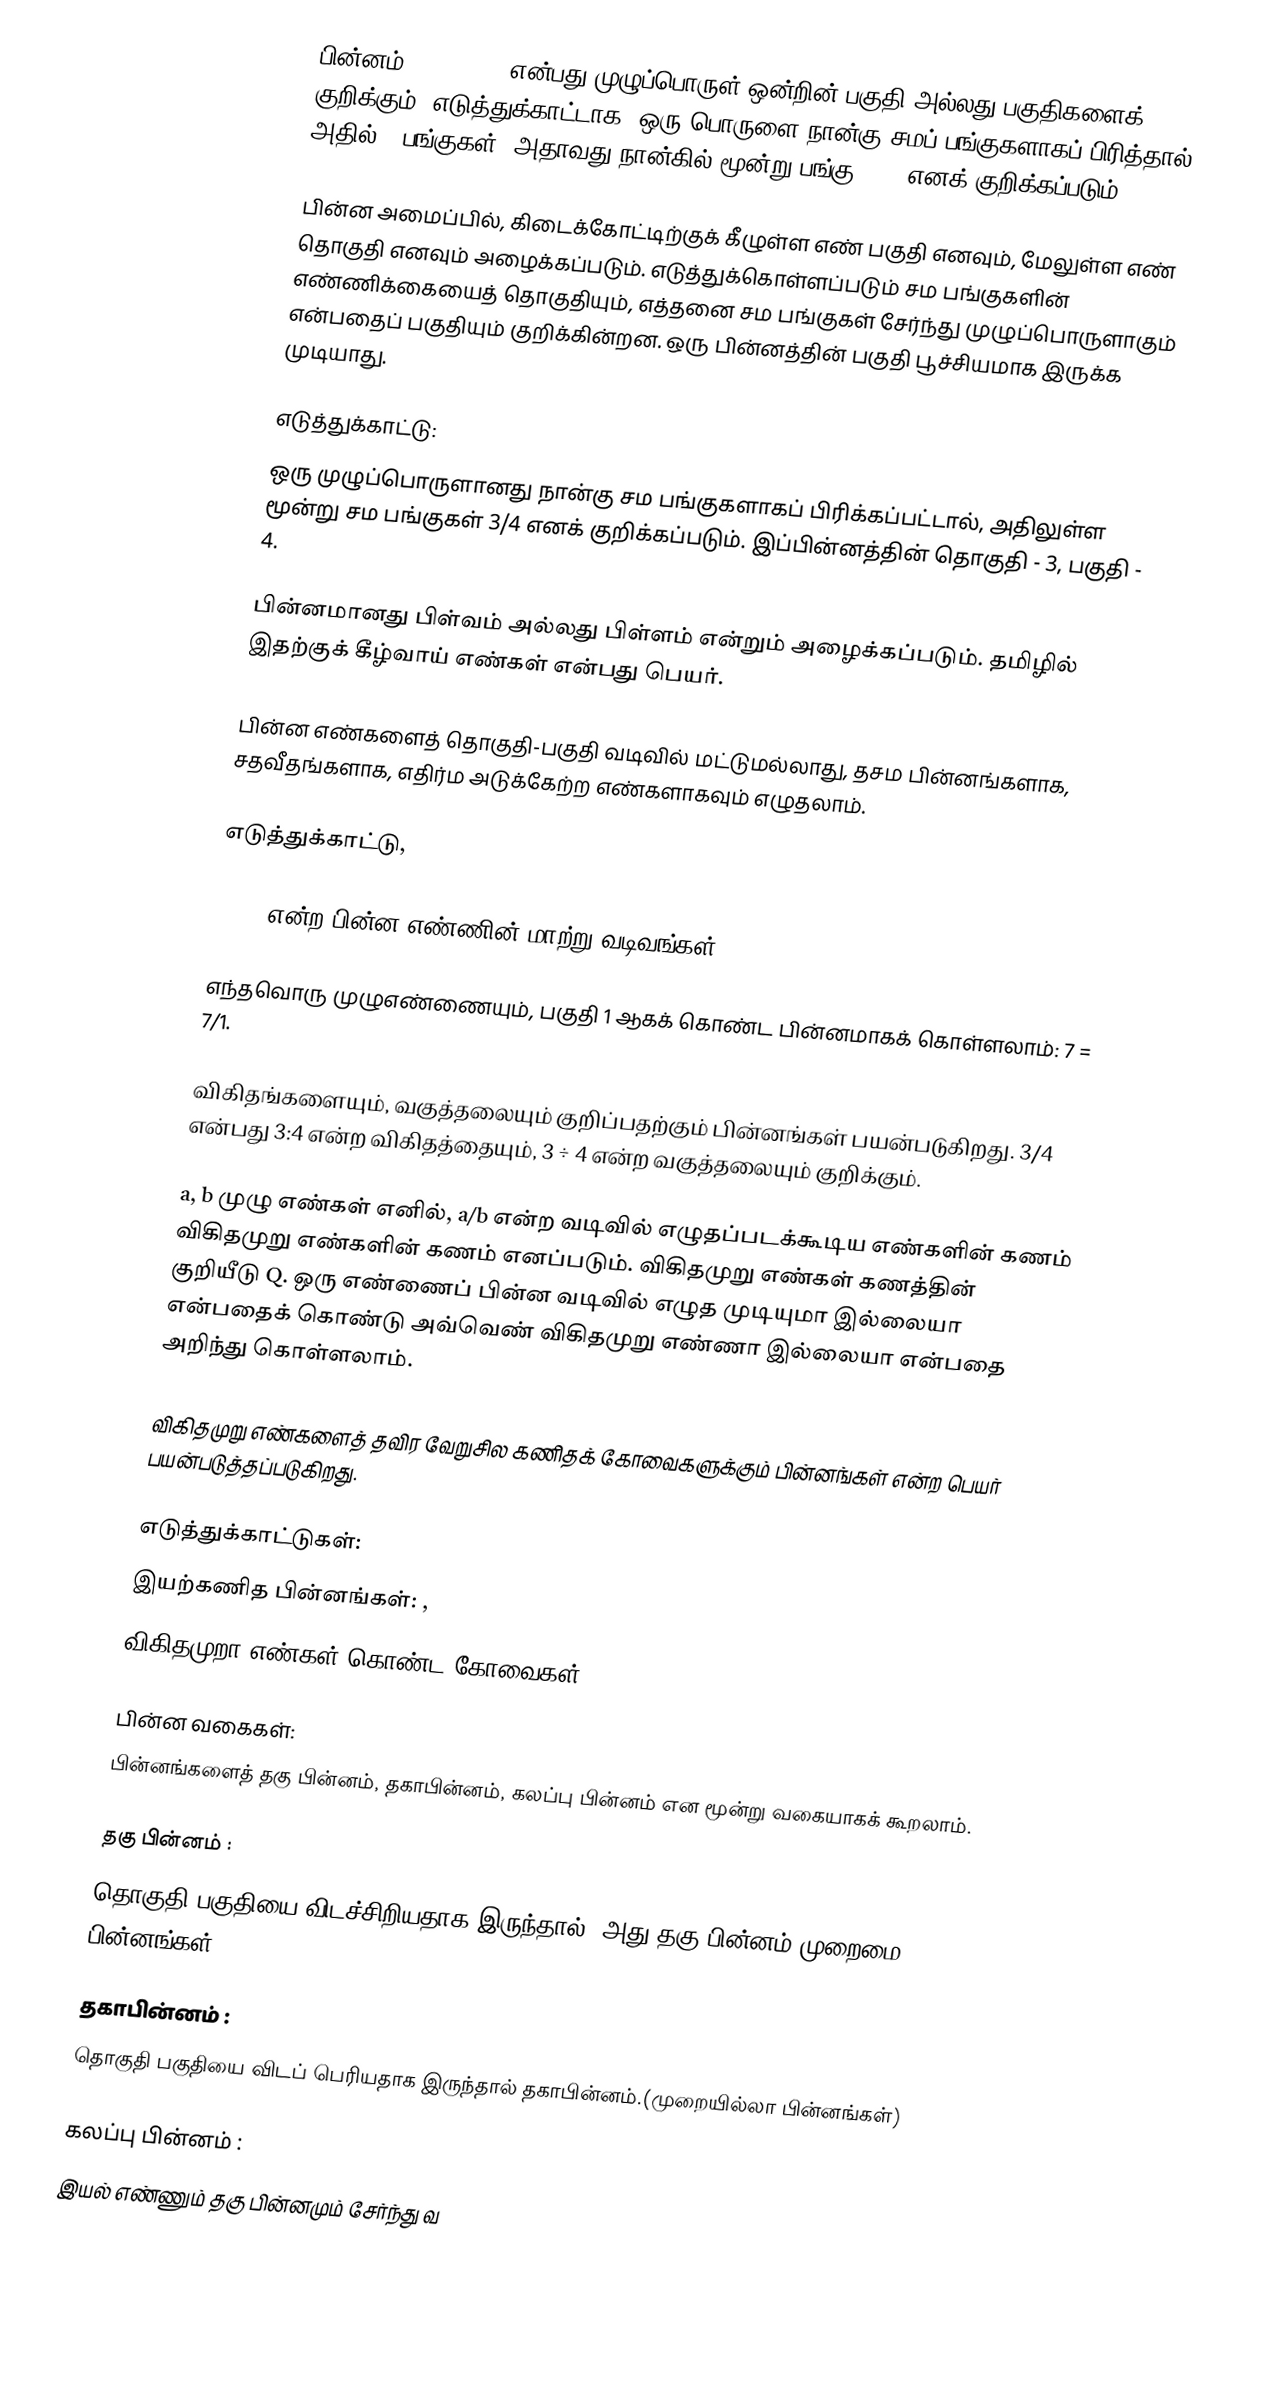
பின்னம் (fraction) என்பது முழுப்பொருள் ஒன்றின் பகுதி அல்லது பகுதிகளைக் குறிக்கும். எடுத்துக்காட்டாக, ஒரு பொருளை நான்கு சமப் பங்குகளாகப் பிரித்தால், அதில் 3 பங்குகள் (அதாவது நான்கில் மூன்று பங்கு) 3/4 எனக் குறிக்கப்படும்.

பின்ன அமைப்பில், கிடைக்கோட்டிற்குக் கீழுள்ள எண் பகுதி எனவும், மேலுள்ள எண் தொகுதி எனவும் அழைக்கப்படும். எடுத்துக்கொள்ளப்படும் சம பங்குகளின் எண்ணிக்கையைத் தொகுதியும், எத்தனை சம பங்குகள் சேர்ந்து முழுப்பொருளாகும் என்பதைப் பகுதியும் குறிக்கின்றன. ஒரு பின்னத்தின் பகுதி பூச்சியமாக இருக்க முடியாது.

எடுத்துக்காட்டு:
ஒரு முழுப்பொருளானது நான்கு சம பங்குகளாகப் பிரிக்கப்பட்டால், அதிலுள்ள மூன்று சம பங்குகள் 3/4 எனக் குறிக்கப்படும். இப்பின்னத்தின் தொகுதி - 3, பகுதி - 4.

பின்னமானது பிள்வம் அல்லது பிள்ளம் என்றும் அழைக்கப்படும். தமிழில் இதற்குக் கீழ்வாய் எண்கள் என்பது பெயர்.

பின்ன எண்களைத் தொகுதி-பகுதி வடிவில் மட்டுமல்லாது, தசம பின்னங்களாக, சதவீதங்களாக, எதிர்ம அடுக்கேற்ற எண்களாகவும் எழுதலாம்.

எடுத்துக்காட்டு,

1/100 என்ற பின்ன எண்ணின் மாற்று வடிவங்கள்:  0.01, 1%,  10−2

எந்தவொரு முழுஎண்ணையும், பகுதி 1 ஆகக் கொண்ட பின்னமாகக் கொள்ளலாம்: 7 = 7/1.

விகிதங்களையும், வகுத்தலையும் குறிப்பதற்கும் பின்னங்கள் பயன்படுகிறது. 3/4 என்பது 3:4 என்ற விகிதத்தையும்,  3 ÷ 4 என்ற வகுத்தலையும் குறிக்கும்.

a, b முழு எண்கள் எனில், a/b என்ற வடிவில் எழுதப்படக்கூடிய எண்களின் கணம் விகிதமுறு எண்களின் கணம் எனப்படும். விகிதமுறு எண்கள் கணத்தின் குறியீடு Q. ஒரு எண்ணைப் பின்ன வடிவில் எழுத முடியுமா இல்லையா என்பதைக் கொண்டு அவ்வெண் விகிதமுறு எண்ணா இல்லையா என்பதை அறிந்து கொள்ளலாம்.

விகிதமுறு எண்களைத் தவிர வேறுசில கணிதக் கோவைகளுக்கும் பின்னங்கள் என்ற பெயர் பயன்படுத்தப்படுகிறது.

எடுத்துக்காட்டுகள்:
இயற்கணித பின்னங்கள்:  ,
விகிதமுறா எண்கள் கொண்ட கோவைகள்:  √2/2 , π/4

 பின்ன வகைகள்:
பின்னங்களைத்  தகு பின்னம், தகாபின்னம், கலப்பு பின்னம் என மூன்று வகையாகக் கூறலாம்.

தகு பின்னம் :
 தொகுதி பகுதியை விடச்சிறியதாக இருந்தால், அது தகு பின்னம்(முறைமை பின்னங்கள்).

தகாபின்னம் :
தொகுதி பகுதியை விடப் பெரியதாக இருந்தால்  தகாபின்னம்.(முறையில்லா பின்னங்கள்)

கலப்பு பின்னம் :
இயல் எண்ணும் தகு பின்னமும் சேர்ந்து வ